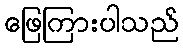
ဖြေကြားပါသည်